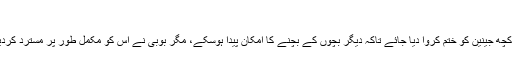
’
بوبی کے مطابق ڈاکٹروں کا کہنا تھا کہ کچھ جینین کو ختم کروا دیا جائے تاکہ دیگر بچوں کے بچنے کا امکان پیدا ہوسکے، مگر بوبی نے اس کو مکمل طور پر مسترد کردیا اور تمام بچوں کی پیدائش کا فیصلہ کیا۔